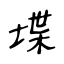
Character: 堞